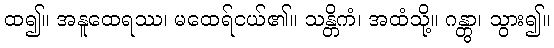
ထ၍။ အနူထေရဿ၊ မထေရ်ငယ်၏။ သန္တိကံ၊ အထံသို့။ ဂန္တွာ၊ သွား၍။